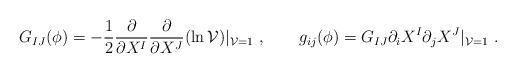
LaTeX: \begin{align*}G_{IJ}(\phi) = -{1\over 2}{\partial\over \partial X^I} {\partial\over\partial X^J}(\ln {\cal V})|_{{\cal V} =1} \ , \qquad g_{ij}(\phi)= G_{IJ} \partial_{i}X^I\partial_{j}X^J|_{{\cal V} =1} \ .\end{align*}